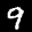
Label: 9